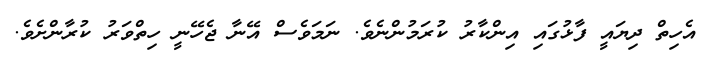
އެހިތް ދިޔައީ ފާޅުގައި އިންކާރު ކުރަމުންނެވެ. ނަމަވެސް އޭނާ ޖެހޭނީ ހިތްވަރު ކުރާންށެވެ.